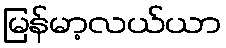
မြန်မာ့လယ်ယာ